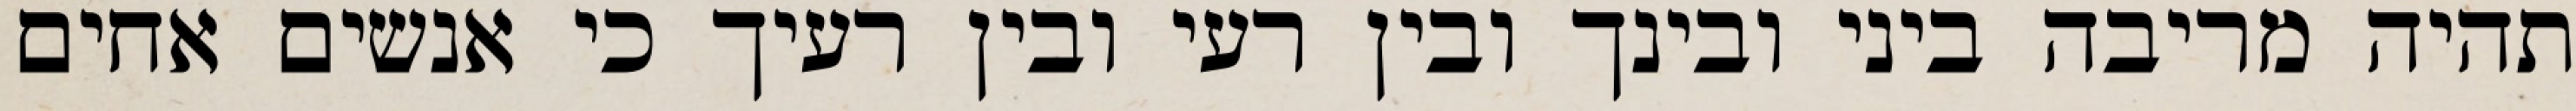
תהיה מריבה ביני ובינך ובין רעי ובין רעיך כי אנשים אחים